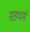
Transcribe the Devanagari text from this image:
सहधर्म